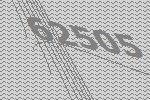
62505